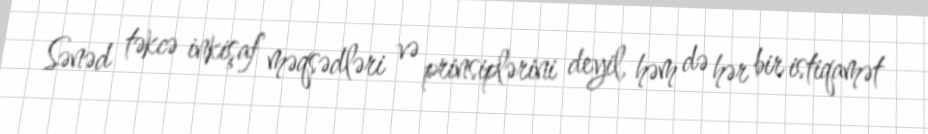
Sənəd təkcə inkişaf məqsədləri və prinsiplərini deyil, həm də hər bir istiqamət